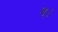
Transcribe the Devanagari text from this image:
ष्।